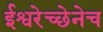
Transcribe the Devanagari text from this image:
ईश्वरेच्छेनेच